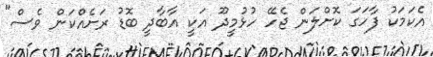
އެކަމަކު ފާހަގަ ކޮށްލަން ޖެހޭ ހުޅުމީދޫ އަކީ އާބާދީ ބޮޑު ރަށެއްކަން ވެސް"